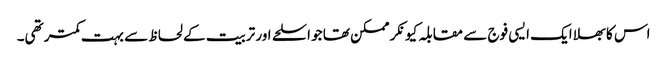
اس کا بھلا ایک ایسی فوج سے مقابلہ کیونکر ممکن تھا جو اسلحے اور تربیت کے لحاظ سے بہت کمتر تھی۔